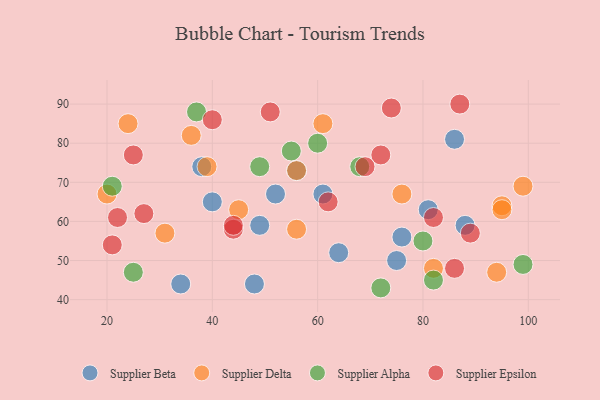
{"axis": {"x": "GDP", "y": "Life Expectancy"}, "legend": ["Supplier Alpha", "Supplier Beta", "Supplier Delta", "Supplier Epsilon"], "data": [{"x": "49", "y": 59, "type": "Supplier Beta"}, {"x": "88", "y": 59, "type": "Supplier Beta"}, {"x": "34", "y": 44, "type": "Supplier Beta"}, {"x": "52", "y": 67, "type": "Supplier Beta"}, {"x": "76", "y": 56, "type": "Supplier Beta"}, {"x": "38", "y": 74, "type": "Supplier Beta"}, {"x": "40", "y": 65, "type": "Supplier Beta"}, {"x": "48", "y": 44, "type": "Supplier Beta"}, {"x": "61", "y": 67, "type": "Supplier Beta"}, {"x": "56", "y": 73, "type": "Supplier Beta"}, {"x": "86", "y": 81, "type": "Supplier Beta"}, {"x": "64", "y": 52, "type": "Supplier Beta"}, {"x": "75", "y": 50, "type": "Supplier Beta"}, {"x": "81", "y": 63, "type": "Supplier Beta"}, {"x": "82", "y": 48, "type": "Supplier Delta"}, {"x": "20", "y": 67, "type": "Supplier Delta"}, {"x": "39", "y": 74, "type": "Supplier Delta"}, {"x": "61", "y": 85, "type": "Supplier Delta"}, {"x": "95", "y": 64, "type": "Supplier Delta"}, {"x": "45", "y": 63, "type": "Supplier Delta"}, {"x": "95", "y": 63, "type": "Supplier Delta"}, {"x": "24", "y": 85, "type": "Supplier Delta"}, {"x": "56", "y": 73, "type": "Supplier Delta"}, {"x": "76", "y": 67, "type": "Supplier Delta"}, {"x": "56", "y": 58, "type": "Supplier Delta"}, {"x": "99", "y": 69, "type": "Supplier Delta"}, {"x": "31", "y": 57, "type": "Supplier Delta"}, {"x": "36", "y": 82, "type": "Supplier Delta"}, {"x": "94", "y": 47, "type": "Supplier Delta"}, {"x": "72", "y": 43, "type": "Supplier Alpha"}, {"x": "99", "y": 49, "type": "Supplier Alpha"}, {"x": "21", "y": 69, "type": "Supplier Alpha"}, {"x": "60", "y": 80, "type": "Supplier Alpha"}, {"x": "37", "y": 88, "type": "Supplier Alpha"}, {"x": "68", "y": 74, "type": "Supplier Alpha"}, {"x": "49", "y": 74, "type": "Supplier Alpha"}, {"x": "80", "y": 55, "type": "Supplier Alpha"}, {"x": "82", "y": 45, "type": "Supplier Alpha"}, {"x": "55", "y": 78, "type": "Supplier Alpha"}, {"x": "25", "y": 47, "type": "Supplier Alpha"}, {"x": "62", "y": 65, "type": "Supplier Epsilon"}, {"x": "44", "y": 58, "type": "Supplier Epsilon"}, {"x": "22", "y": 61, "type": "Supplier Epsilon"}, {"x": "86", "y": 48, "type": "Supplier Epsilon"}, {"x": "87", "y": 90, "type": "Supplier Epsilon"}, {"x": "44", "y": 59, "type": "Supplier Epsilon"}, {"x": "89", "y": 57, "type": "Supplier Epsilon"}, {"x": "27", "y": 62, "type": "Supplier Epsilon"}, {"x": "51", "y": 88, "type": "Supplier Epsilon"}, {"x": "25", "y": 77, "type": "Supplier Epsilon"}, {"x": "72", "y": 77, "type": "Supplier Epsilon"}, {"x": "69", "y": 74, "type": "Supplier Epsilon"}, {"x": "21", "y": 54, "type": "Supplier Epsilon"}, {"x": "74", "y": 89, "type": "Supplier Epsilon"}, {"x": "82", "y": 61, "type": "Supplier Epsilon"}, {"x": "40", "y": 86, "type": "Supplier Epsilon"}]}